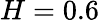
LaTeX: H=0.6